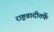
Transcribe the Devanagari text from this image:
राष्ट्रवादीतर्फे